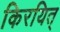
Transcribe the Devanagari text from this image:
किरयित्